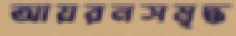
আয়রনসমৃদ্ধ